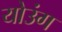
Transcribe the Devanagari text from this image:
योउंग